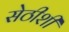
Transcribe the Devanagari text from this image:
सेठीशी